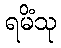
ရမိံသု